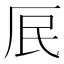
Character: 𭆃